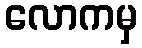
လောကမှ